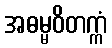
အဓမ္မဝိတက္ကံ